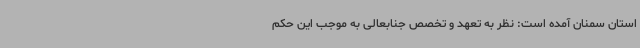
استان سمنان آمده است: نظر به تعهد و تخصص جنابعالی به موجب این حکم